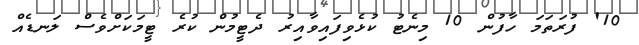
10' ފުރަތަމަ ހާފުން 10 މިނެޓު ކުޅެވިފައިވާއިރު ދެޓީމުން ކުރެ ޓީމަކަށްވެސް ލަނޑެއް